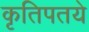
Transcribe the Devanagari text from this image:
कृतिपतये